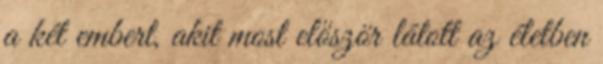
a két embert, akit most először látott az életben